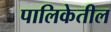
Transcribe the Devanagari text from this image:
पालिकेतील